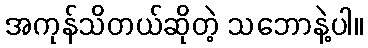
အကုန်သိတယ်ဆိုတဲ့ သဘောနဲ့ပါ။